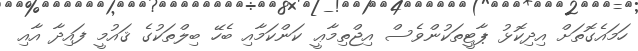
ހަމައެގޮތަށް އިދިކޮޅު ޕާޓީތަކުންވެސް އިޖްތިމާޢީ ކަންކަމާއި ބެހޭ ބިލްތަކުގެ ޤައުމީ ފައިދާ އާއި